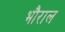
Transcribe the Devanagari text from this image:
भौराल